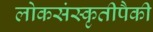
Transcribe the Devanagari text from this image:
लोकसंस्कृतीपैकी